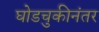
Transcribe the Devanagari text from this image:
घोडचुकीनंतर